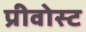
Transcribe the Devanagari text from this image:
प्रीवोस्ट